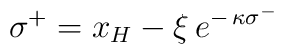
\:\sigma^{+} = x_{H} - \xi \,e^{-\,\kappa \sigma^{-}}\: